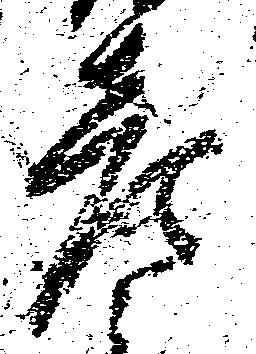
彦